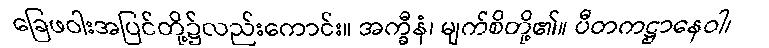
ခြေဖဝါးအပြင်တို့၌လည်းကောင်း။ အက္ခီနံ၊ မျက်စိတို့၏။ ပီတကဋ္ဌာနေဝါ၊